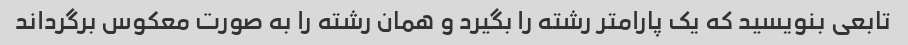
تابعی بنویسید که یک پارامتر رشته را بگیرد و همان رشته را به صورت معکوس برگرداند